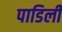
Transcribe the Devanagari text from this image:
पाडिली